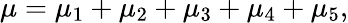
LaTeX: \mu=\mu_{1}+\mu_{2}+\mu_{3}+\mu_{4}+\mu_{5},